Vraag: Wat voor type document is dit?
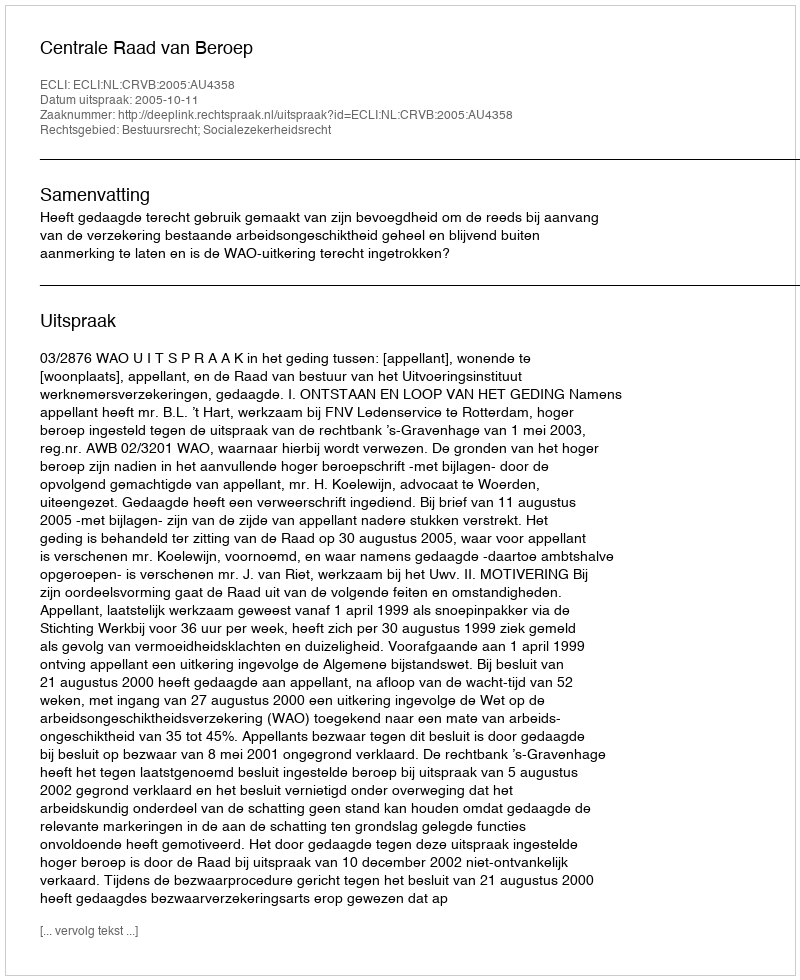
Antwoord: Uitspraak